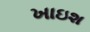
ખાઇશ